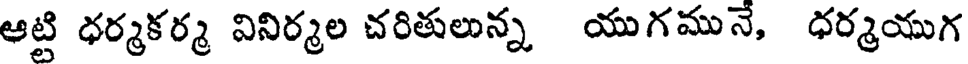
ఆట్టి ధర్మకర్మ వినిర్మల చరితులున్న యుగమునే, ధర్మయుగ